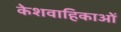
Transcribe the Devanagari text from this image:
केशवाहिकाओं